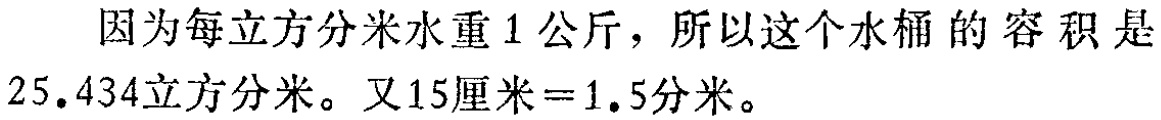
因为每立方分米水重1公斤，所以这个水桶的容积是

25.434立方分米。又15厘米=1.5分米。